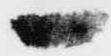
一